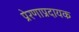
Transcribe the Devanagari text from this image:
प्रेरणाप्रदायक